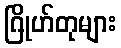
ဂြိုဟ်တုများ